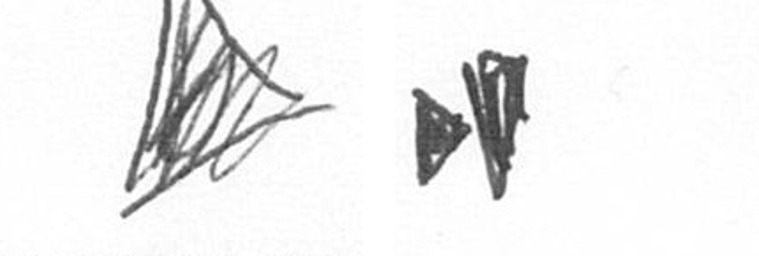
O M